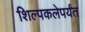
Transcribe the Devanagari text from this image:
शिल्पकलेपर्यंत